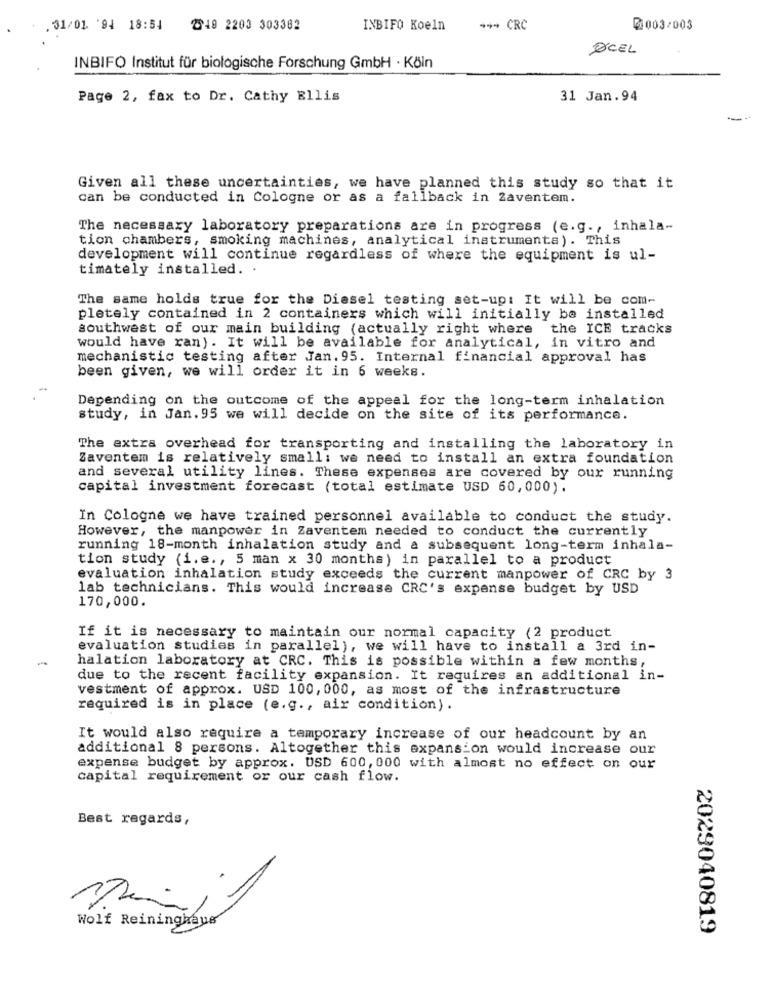
.31/01 '94 18:54
249 2203 303382
INBIFO Koeln
++- CRC
01003/003
EXCEL
INBIFO Institut für biologische Forschung GmbH · Köln
Page 2, fax to Dr. Cathy Ellis
31 Jan.94
Given all these uncertainties, we have planned this study so that it
can be conducted in Cologne or as a fallback in Zaventem.
The necessary laboratory preparations are in progress (e.g ., inhala-
tion chambers, smoking machines, analytical instrumenta ) . This
development will continue regardless of where the equipment is ul-
timately installed. .
The same holds true for the Diesel testing set-up: It will be com-
pletely contained in 2 containers which will initially be installed
southwest of our main building (actually right where the ICE tracks
would have ran). It will be available for analytical, in vitro and
mechanistic testing after Jan. 95. Internal financial approval has
been given, we will order it in 6 weeks.
Depending on the outcome of the appeal for the long-term inhalation
study, in Jan. 95 we will decide on the site of its performance.
The extra overhead for transporting and installing the laboratory in
Zaventem is relatively small: we need to install an extra foundation
and several utility lines. These expenses are covered by our running
capital investment forecast (total estimate USD 60,000).
In Cologne we have trained personnel available to conduct the study.
However, the manpower in Zaventem needed to conduct the currently
running 18-month inhalation study and a subsequent long-term inhala-
tion study (i.e ., 5 man x 30 months) in parallel to a product
evaluation inhalation study exceeds the current manpower of CRC by 3
lab technicians. This would increase CRC's expense budget by USD
170,000.
If it is necessary to maintain our normal capacity (2 product
evaluation studies in parallel), we will have to install a 3rd in-
halation laboratory at CRC. This is possible within a few months,
due to the recent facility expansion. It requires an additional in-
vestment of approx. USD 100, 000, as most of the infrastructure
required is in place (e.g ., air condition).
It would also require a temporary increase of our headcount by an
additional 8 persons. Altogether this expansion would increase our
expense budget by approx. USD 600, 000 with almost no effect on our
capital requirement or our cash flow.
Best regards,
Wolf Reininghaus
2029040819